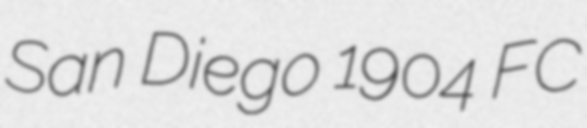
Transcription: San Diego 1904 FC